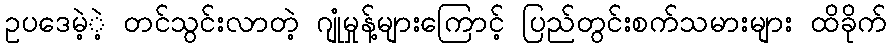
ဥပဒေမဲ့ဲ့ တင်သွင်းလာတဲ့ ဂျုံမှုန့်များကြောင့် ပြည်တွင်းစက်သမားများ ထိခိုက်